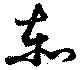
泰